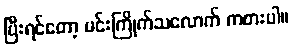
ပြီးရင်တော့ မင်းကြိုက်သလောက် ကစားပါ။